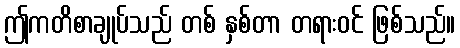
ဤကတိစာချုပ်သည် တစ် နှစ်တာ တရားဝင် ဖြစ်သည်။